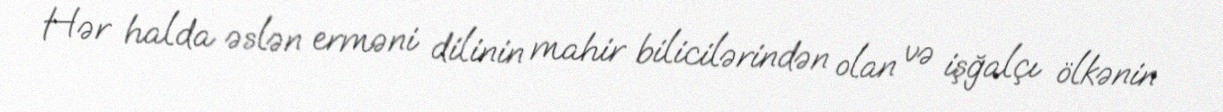
Hər halda əslən erməni dilinin mahir bilicilərindən olan və işğalçı ölkənin